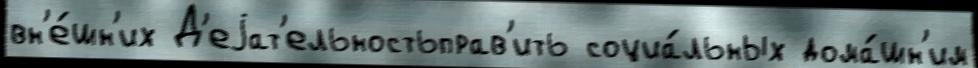
вн'е́шн'их Д'еjат'ельностьправ'ить социа́льных дома́шн'им